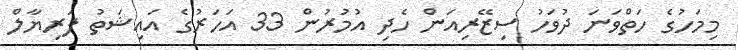
މިމަހުގެ ހަތްވަނަ ދުވަހު ސިޒޭރިއަން ހެދި އުމުރުން 33 އަހަރުގެ އައިޝަތު ފަރިޔާލް